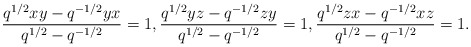
\begin{align*} \frac{q^{1/2}xy-q^{-1/2}yx}{q^{1/2}-q^{-1/2}}=1, \frac{q^{1/2}yz-q^{-1/2}zy}{q^{1/2}-q^{-1/2}}=1, \frac{q^{1/2}zx-q^{-1/2}xz}{q^{1/2}-q^{-1/2}}=1.\end{align*}